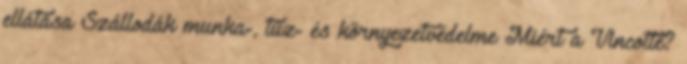
el­lá­tá­sa Szál­lo­dák mun­ka-, tűz- és kör­nye­zet­vé­del­me Mi­ért a Vinc­ot­te?